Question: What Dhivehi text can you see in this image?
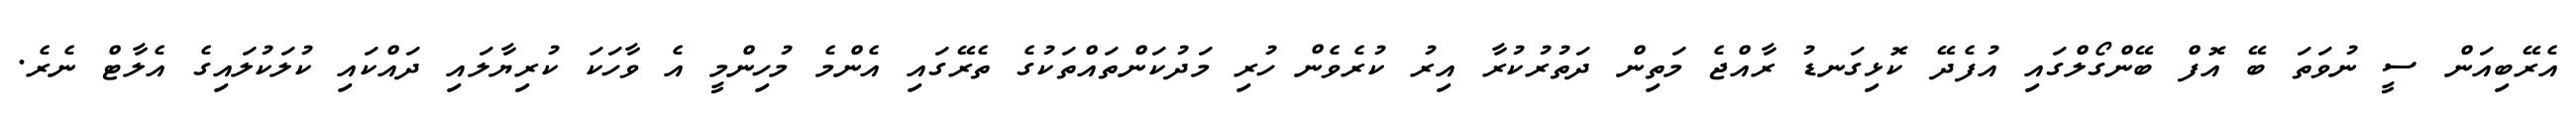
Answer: އެރޭބިއަން ސީ ނުވަތަ ބޭ އޮފް ބޭންގޯލްގައި އުފެދޭ ކޮޅިގަނޑު ރާއްޖެ މަތިން ދަތުރުކުރާ އިރު ކުރެވެން ހުރި މަދުކަންތައްތަކުގެ ތެރޭގައި އެންމެ މުހިންމީ އެ ވާހަކަ ކުރިޔާލައި ދައްކައި ކުލަކުލައިގެ އެލާޓް ނެރެ.